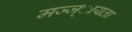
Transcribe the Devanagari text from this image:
मज्ज्ायता